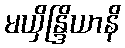
မယှိန္ဒြိယာနိ